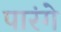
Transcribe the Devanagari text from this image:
पारंगे